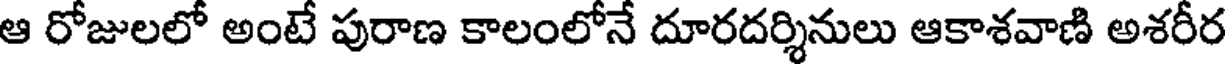
ఆ రోజులలో అంటే పురాణ కాలంలోనే దూరదర్శినులు ఆకాశవాణి అశరీర